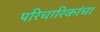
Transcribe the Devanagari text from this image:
परिचारिकांचा